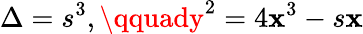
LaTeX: \Delta=s^{3},\qquady^{2}=4\mathbf{x}^{3}-s\mathbf{x}